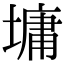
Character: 墉